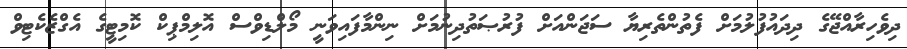
ދިވެހިރާއްޖޭގެ ދިދައުފުލުމަށް ފެތުންތެރިޔާ ސަޖަންއަށް ފުރުޞަތުދިނުމަށް ނިންމާފައިވަނީ މޯލްޑިވްސް އޮލިމްޕިކް ކޮމިޓީގެ އެގްޒެކެޓިވް